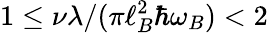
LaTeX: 1\leq\nu\lambda/(\pi\ell_{B}^{2}\hbar\omega_{B})<2